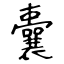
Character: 囊